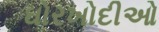
ઘોરખોદીઓ